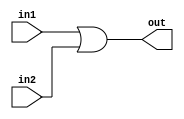



module OR_Gate( in1,in2,out);
 input in1,in2;
output reg out;
always@(*)
begin
out =in1 | in2;
end
endmodule